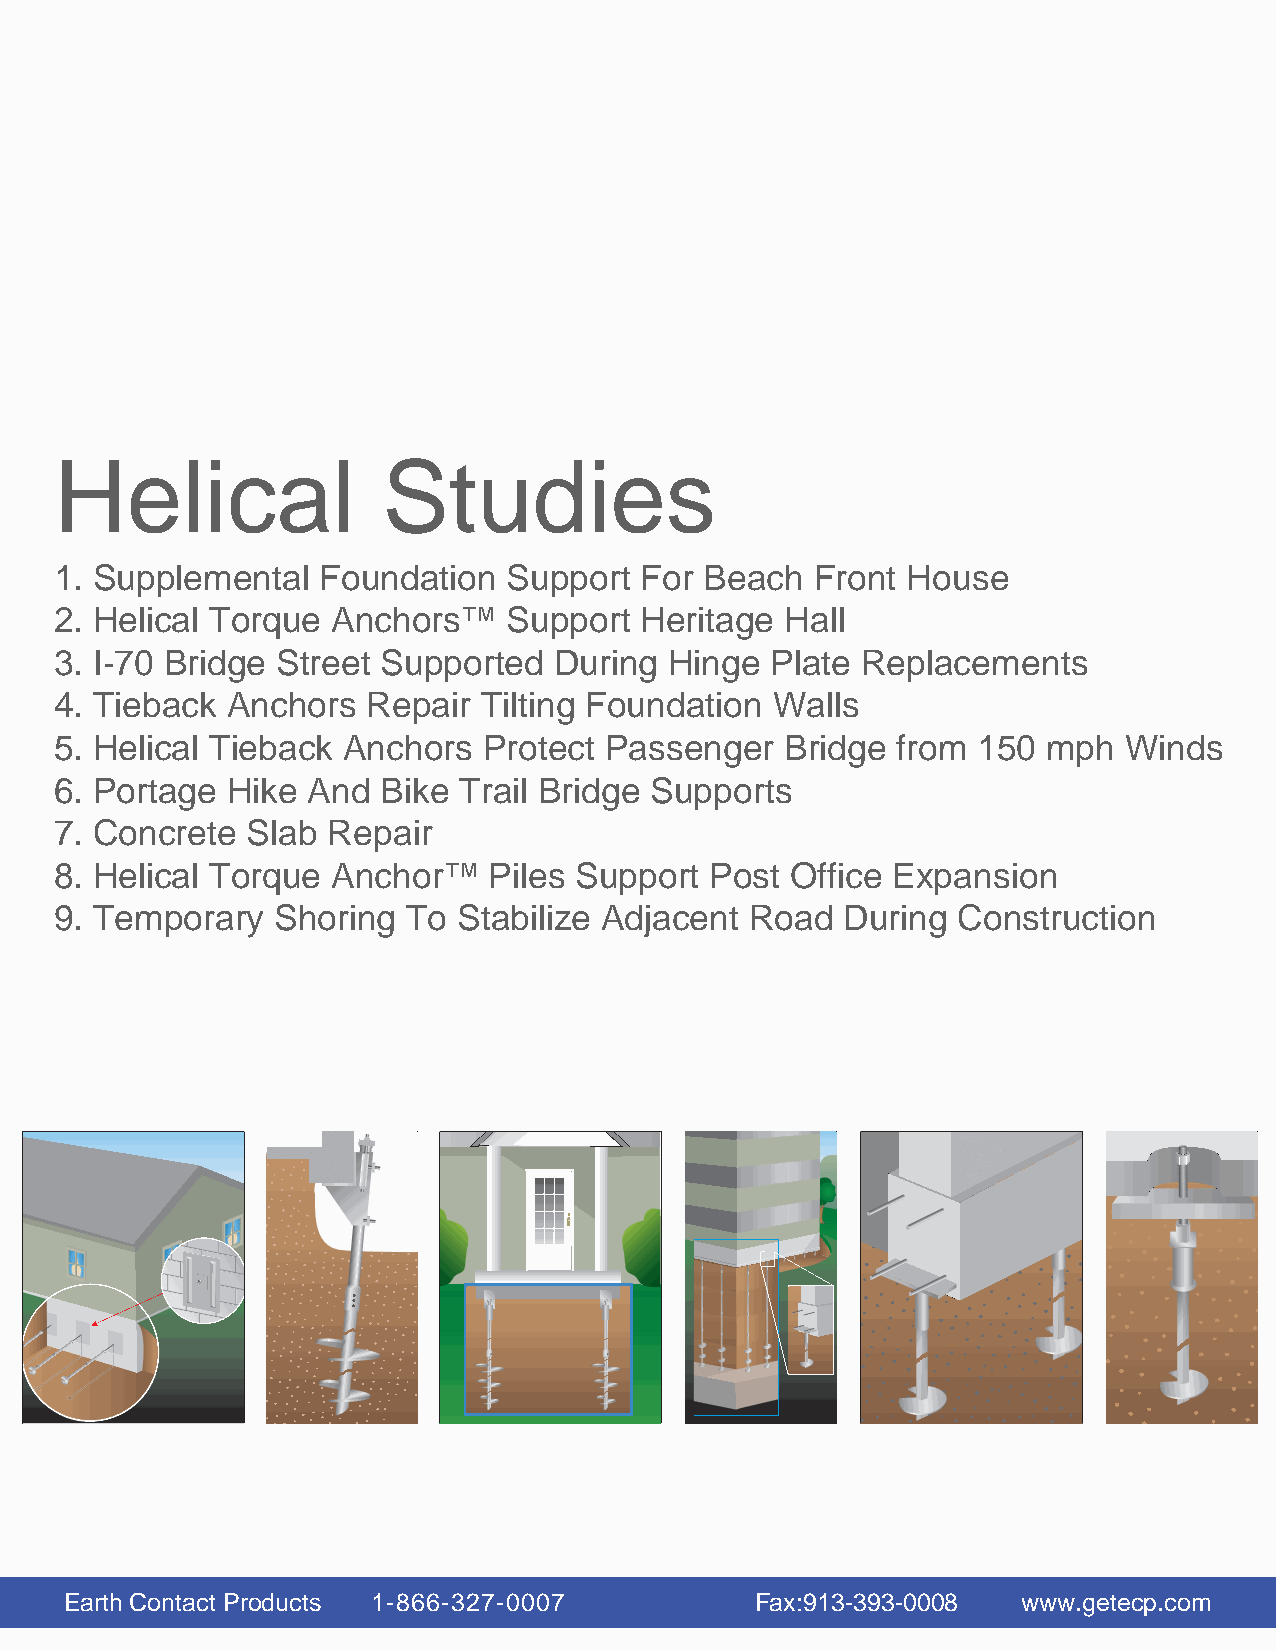
EECCCPPP
 Helical              Studies
 1. Supplemental  Foundation   Support For  Beach  Front House
 2. Helical Torque Anchors™    Support Heritage  Hall
 3. I-70 Bridge Street Supported  During Hinge  Plate Replacements
 4. Tieback Anchors  Repair  Tilting Foundation Walls
 5. Helical Tieback Anchors  Protect Passenger   Bridge from  150 mph  Winds
 6. Portage Hike And  Bike Trail Bridge Supports
 7. Concrete Slab  Repair
 8. Helical Torque Anchor™   Piles Support  Post Office Expansion
 9. Temporary  Shoring  To Stabilize Adjacent  Road  During Construction
 Earth Contact Products 1-866-327-0007         Fax:913-393-0008  www.getecp.com